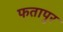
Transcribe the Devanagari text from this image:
फतापुर